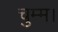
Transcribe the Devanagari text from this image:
चुम्म।